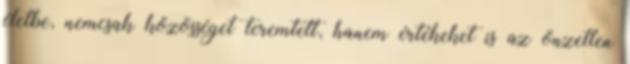
életbe, nemcsak közösséget teremtett, hanem értékeket is az önzetlen